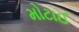
મોટાઈ